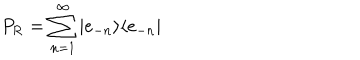
LaTeX: P _ { \mathrm { R } } = \sum _ { n = 1 } ^ { \infty } | e _ { - n } \rangle \langle e _ { - n } |